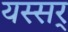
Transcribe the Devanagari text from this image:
यस्सर्